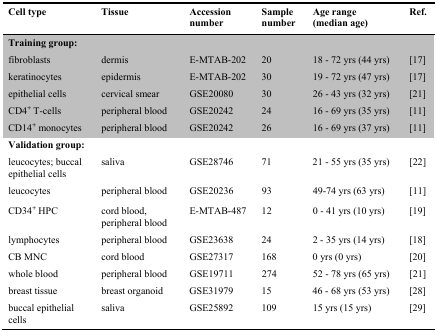
| Cell type | Tissue | Accession number | Sample number | Age range (median age) | Ref. |
 | --- | --- | --- | --- | --- | --- |
 | <COLSPAN=6> Training group: |
 | fibroblasts | dermis | E-MTAB-202 | 20 | 18 - 72 yrs (44 yrs) | [17] |
 | keratinocytes | epidermis | E-MTAB-202 | 30 | 19 - 72 yrs (47 yrs) | [17] |
 | epithelial cells | cervical smear | GSE20080 | 30 | 26 - 43 yrs (32 yrs) | [21] |
 | CD4+ T-cells | peripheral blood | GSE20242 | 24 | 16 - 69 yrs (35 yrs) | [11] |
 | CD14+ monocytes | peripheral blood | GSE20242 | 26 | 16 - 69 yrs (37 yrs) | [11] |
 | <COLSPAN=6> Validation group: |
 | leucocytes; buccal epithelial cells | saliva | GSE28746 | 71 | 21 - 55 yrs (35 yrs) | [22] |
 | leucocytes | peripheral blood | GSE20236 | 93 | 49-74 yrs (63 yrs) | [11] |
 | CD34+ HPC | cord blood, peripheral blood | E-MTAB-487 | 12 | 0 - 41 yrs (10 yrs) | [19] |
 | lymphocytes | peripheral blood | GSE23638 | 24 | 2 - 35 yrs (14 yrs) | [18] |
 | CB MNC | cord blood | GSE27317 | 168 | 0 yrs (0 yrs) | [20] |
 | whole blood | peripheral blood | GSE19711 | 274 | 52 - 78 yrs (65 yrs) | [21] |
 | breast tissue | breast organoid | GSE31979 | 15 | 46 - 68 yrs (53 yrs) | [28] |
 | buccal epithelial cells | saliva | GSE25892 | 109 | 15 yrs (15 yrs) | [29] |